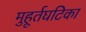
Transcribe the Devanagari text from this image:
मुहूर्तघटिका